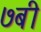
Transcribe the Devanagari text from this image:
७बी